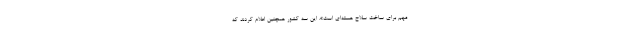
مهم برای ساخت سلاح هسته‌ای است». این سه کشور همچنین اعلام کردند که